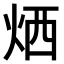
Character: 𤈇